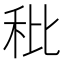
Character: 秕